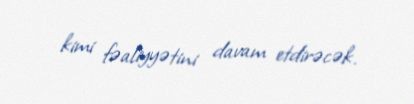
kimi fəaliyyətini davam etdirəcək.